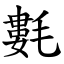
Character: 氀